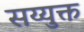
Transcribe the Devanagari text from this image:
सय्युक्त